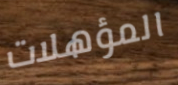
المؤهلات